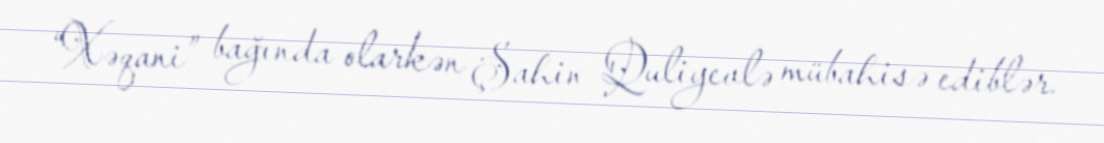
“Xəqani” bağında olarkən Şahin Quliyevlə mübahisə ediblər.